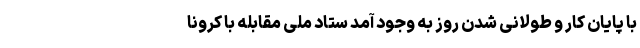
با پایان کار و طولانی شدن روز به وجود آمد ستاد ملی مقابله با کرونا